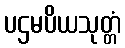
ပဌမပိယသုတ္တံ